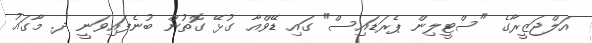
އަލްޖަޒީރާގެ "ސްޓީލިން ޕެރަޑައިސް" ގައި ޑޭވްއާ ގުޅޭ ގޮތުން ބުނެފައިވަނީ ދ. މާގައު